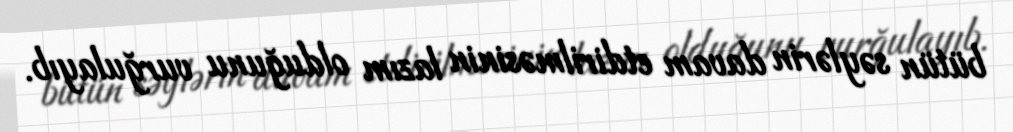
bütün səylərin davam etdirilməsinin lazım olduğunu vurğulayıb.